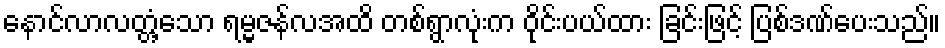
နောင်လာလတ္တံ့သော ရမ္မဇန်လအထိ တစ်ရွာလုံးက ဝိုင်းပယ်ထား ခြင်းဖြင့် ပြစ်ဒဏ်ပေးသည်။